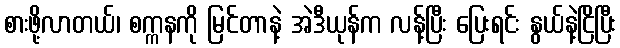
စားဖို့လာတယ်၊ စက္ကနကို မြင်တာနဲ့ အဲဒီယုန်က လန့်ပြီး ပြေးရင်း နွယ်နဲ့ငြိပြီး